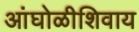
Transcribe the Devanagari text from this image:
आंघोळीशिवाय